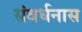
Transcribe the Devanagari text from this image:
संवर्धनास